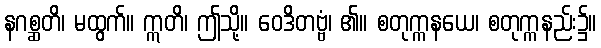
နဂစ္ဆတိ၊ မထွက်။ ဣတိ၊ ဤသို့။ ဝေဒိတဗ္ဗံ၊ ၏။ စတုက္ကနယေ၊ စတုက္ကနည်း၌။